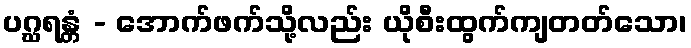
ပဂ္ဃရန္တံ - အောက်ဖက်သို့လည်း ယိုစီးထွက်ကျတတ်သော၊